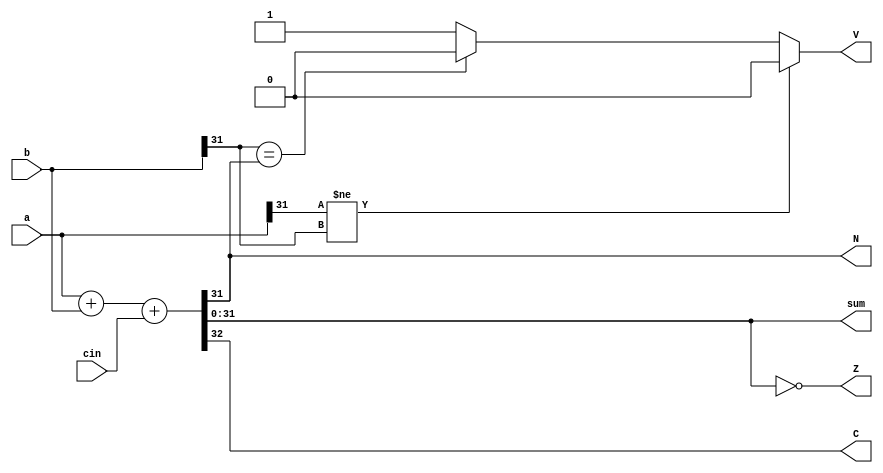
module adder_32bit (input  [31:0] a, b, 
                    input         cin,
                    output [31:0] sum,
                    output        N,Z,C,V);

	wire [31:0]  ctmp;

	assign N = sum[31];
	assign Z = (sum == 32'b0);
	//assign C = ctmp[31];
	//assign V = ctmp[31] ^ ctmp[30];

  assign {C, sum} = a + b + cin;
  assign V = a[31] != b[31] ? 0 : b[31] == sum[31] ? 0 : 1;
/*
	adder_1bit bit31 (.a(a[31]), .b(b[31]), .cin(ctmp[30]), .sum(sum[31]), .cout(ctmp[31]));
	adder_1bit bit30 (.a(a[30]), .b(b[30]), .cin(ctmp[29]), .sum(sum[30]), .cout(ctmp[30]));
	adder_1bit bit29 (.a(a[29]), .b(b[29]), .cin(ctmp[28]), .sum(sum[29]), .cout(ctmp[29]));
	adder_1bit bit28 (.a(a[28]), .b(b[28]), .cin(ctmp[27]), .sum(sum[28]), .cout(ctmp[28]));
	adder_1bit bit27 (.a(a[27]), .b(b[27]), .cin(ctmp[26]), .sum(sum[27]), .cout(ctmp[27]));
	adder_1bit bit26 (.a(a[26]), .b(b[26]), .cin(ctmp[25]), .sum(sum[26]), .cout(ctmp[26]));
	adder_1bit bit25 (.a(a[25]), .b(b[25]), .cin(ctmp[24]), .sum(sum[25]), .cout(ctmp[25]));
	adder_1bit bit24 (.a(a[24]), .b(b[24]), .cin(ctmp[23]), .sum(sum[24]), .cout(ctmp[24]));
	adder_1bit bit23 (.a(a[23]), .b(b[23]), .cin(ctmp[22]), .sum(sum[23]), .cout(ctmp[23]));
	adder_1bit bit22 (.a(a[22]), .b(b[22]), .cin(ctmp[21]), .sum(sum[22]), .cout(ctmp[22]));
	adder_1bit bit21 (.a(a[21]), .b(b[21]), .cin(ctmp[20]), .sum(sum[21]), .cout(ctmp[21]));
	adder_1bit bit20 (.a(a[20]), .b(b[20]), .cin(ctmp[19]), .sum(sum[20]), .cout(ctmp[20]));
	adder_1bit bit19 (.a(a[19]), .b(b[19]), .cin(ctmp[18]), .sum(sum[19]), .cout(ctmp[19]));
	adder_1bit bit18 (.a(a[18]), .b(b[18]), .cin(ctmp[17]), .sum(sum[18]), .cout(ctmp[18]));
	adder_1bit bit17 (.a(a[17]), .b(b[17]), .cin(ctmp[16]), .sum(sum[17]), .cout(ctmp[17]));
	adder_1bit bit16 (.a(a[16]), .b(b[16]), .cin(ctmp[15]), .sum(sum[16]), .cout(ctmp[16]));
	adder_1bit bit15 (.a(a[15]), .b(b[15]), .cin(ctmp[14]), .sum(sum[15]), .cout(ctmp[15]));
	adder_1bit bit14 (.a(a[14]), .b(b[14]), .cin(ctmp[13]), .sum(sum[14]), .cout(ctmp[14]));
	adder_1bit bit13 (.a(a[13]), .b(b[13]), .cin(ctmp[12]), .sum(sum[13]), .cout(ctmp[13]));
	adder_1bit bit12 (.a(a[12]), .b(b[12]), .cin(ctmp[11]), .sum(sum[12]), .cout(ctmp[12]));
	adder_1bit bit11 (.a(a[11]), .b(b[11]), .cin(ctmp[10]), .sum(sum[11]), .cout(ctmp[11]));
	adder_1bit bit10 (.a(a[10]), .b(b[10]), .cin(ctmp[9]),  .sum(sum[10]), .cout(ctmp[10]));
	adder_1bit bit9  (.a(a[9]),  .b(b[9]),  .cin(ctmp[8]),  .sum(sum[9]),  .cout(ctmp[9]));
	adder_1bit bit8  (.a(a[8]),  .b(b[8]),  .cin(ctmp[7]),  .sum(sum[8]),  .cout(ctmp[8]));
	adder_1bit bit7  (.a(a[7]),  .b(b[7]),  .cin(ctmp[6]),  .sum(sum[7]),  .cout(ctmp[7]));
	adder_1bit bit6  (.a(a[6]),  .b(b[6]),  .cin(ctmp[5]),  .sum(sum[6]),  .cout(ctmp[6]));
	adder_1bit bit5  (.a(a[5]),  .b(b[5]),  .cin(ctmp[4]),  .sum(sum[5]),  .cout(ctmp[5]));
	adder_1bit bit4  (.a(a[4]),  .b(b[4]),  .cin(ctmp[3]),  .sum(sum[4]),  .cout(ctmp[4]));
	adder_1bit bit3  (.a(a[3]),  .b(b[3]),  .cin(ctmp[2]),  .sum(sum[3]),  .cout(ctmp[3]));
	adder_1bit bit2  (.a(a[2]),  .b(b[2]),  .cin(ctmp[1]),  .sum(sum[2]),  .cout(ctmp[2]));
	adder_1bit bit1  (.a(a[1]),  .b(b[1]),  .cin(ctmp[0]),  .sum(sum[1]),  .cout(ctmp[1]));
	adder_1bit bit0  (.a(a[0]),  .b(b[0]),  .cin(cin),      .sum(sum[0]),  .cout(ctmp[0]));
*/
endmodule
module adder_1bit (input a, b, cin,
                   output sum, cout);

  assign sum  = a ^ b ^ cin;
  assign cout = (a & b) | (a & cin) | (b & cin);

endmodule
module adder(input [31:0] a, b,
             output [31:0] y);

  assign #`mydelay y = a + b;
endmodule